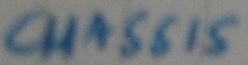
Text: CHASSIS